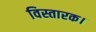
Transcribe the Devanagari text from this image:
विस्तारक।